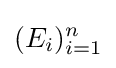
(E_{i})_{i=1}^{n}